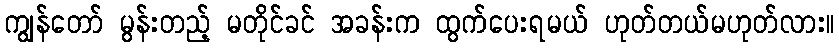
ကျွန်တော် မွန်းတည့် မတိုင်ခင် အခန်းက ထွက်ပေးရမယ် ဟုတ်တယ်မဟုတ်လား။